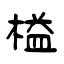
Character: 榏